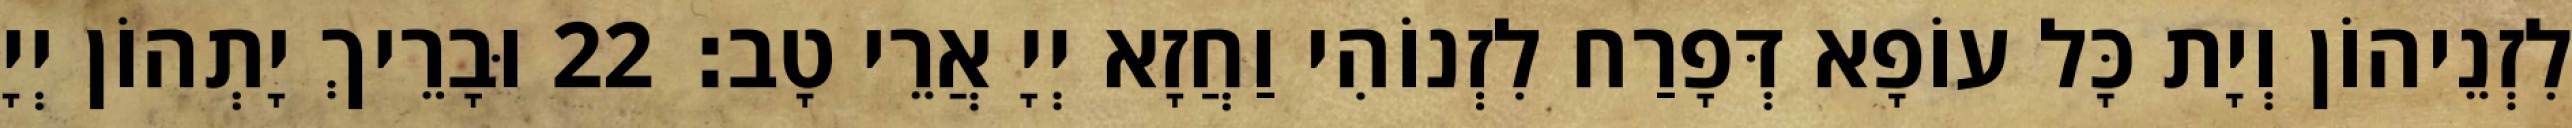
לִזְנֵיהוֹן וְיָת כָּל עוֹפָא דְּפָרַח לִזְנוֹהִי וַחֲזָא יְיָ אֲרֵי טָב׃ 22 וּבָרֵיךְ יָתְהוֹן יְיָ